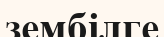
зембілге